Civil Veterinary Dept. Assam report 1911-1927 - 1911-1927
Year: 1911
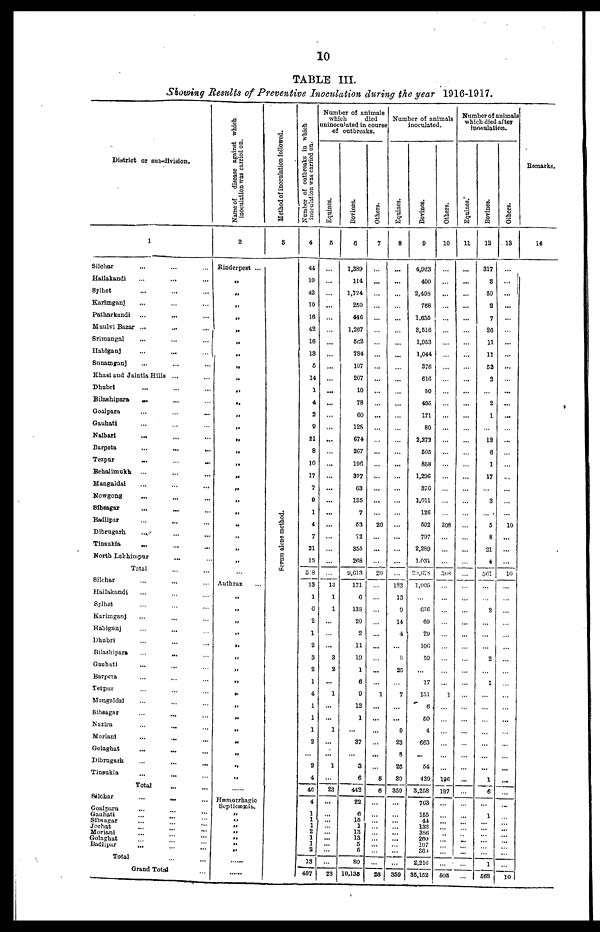
10
TABLE III.
Showing Results of Preventive Inoculation during the year 1916-1917.
District or sub-division.
1
Silchar ... ... ...
Hailakandi ... ... ...
Sylhet ... ... ...
Karimganj ... ... ...
Patharkandi ... ... ...
Maulvi Bazar ...
...
...
Srimangal ... ... ...
Habiganj ... ... ...
Sunamganj ... ... ...
Khasi and Jaintia Hills ... ...
Dhubri ... ... ...
Bilashipara ... ... ...
Goalpara ... ... ...
Gauhati ... ... ...
Kalbari ... ... ...
Barpeta
...
...
...
Tezpur ... ... ...
Behalimukh ... ... ...
Mangaldai ... ... ...
Nowgong ... ... ...
Sibsagar ... ... ...
Badlipar ... ... ...
Dibrugarh ... ... ...
Tinsukia ... ... ...
North Lakhimpur ... ... ...
Total
Silchar ... ... ...
Hailakandi ... ... ...
Sylhet ... ... ...
Karimganj ... ... ...
Habiganj ... ... ...
Dhubri ... ... ...
Bilashipara
...
...
...
Gauhati ... ... ...
Barpeta ... ... ...
Tezpur ... ... ...
Mangaldai ... ... ...
Sibsagar ... ... ...
Nazira ... ... ...
Moriani ... ... ...
Golaghat ... ... ...
Dibrugarh ... ... ...
Tinsukia ... ... ...
Total ... ...
Silchar ... ... ...
Goalpara ... ... ...
Gauhati ... ... ...
Sibsagar ... ... ...
Jorhat ... ... ...
Moriani ... ... ...
Golaghat ... ... ...
Badlipar
...
...
...
Total
Grand Total
Name of
disease against which
inoculation was carried on.
2
Rinderpest ...
„
„
„
„
„
„
„
„
„
„
,
„
„
„
„
„
„
„
„
„
„
„
„
„
...
Anthrax ...
„
„
„
„
„
„
„
„
„
„
„
„
„
„
„
„
......
Hæmorrhagic
Septicæmia.
„
„
„
„
„
„
„
......
......
Method of inoculation followed.
3
Se r
um alone method.
Number of outbreaks in which
inoculation was carried on.
4
44
10
42
10
16
42
16
13
6
14
1
4
2
9
21
8
10
17
7
9
1
4
7
21
15
318
13
1
6
2
1
2
3
2
1
4
1
1
1
1
2
...
2
4
46
4
1
1
1
2
1
1
2
13
407
Number of animals
which
died
uninoculated in course
of outbreaks.
Equines.
5
...
...
...
...
...
...
...
...
...
...
...
...
...
...
...
...
...
...
...
...
...
...
...
...
...
...
13
1
1
...
...
...
3
2
...
1
...
1
1
...
...
1
... 23
...
...
...
...
...
...
...
...
...
23
Bovines.
6
1,380
114
1,724
250
446
1,267
562
784
107
207
10
78
60
128
674
267
196
397
63
135
7
53
72
355
268
9,613
171
6
138
20
2
11
19
1
6
9
12
1
1
...
37
...
3
6
442
22
6
15
1
13
13
5
5
80
10.135
Others.
7
...
20
20
1
6
6
20
Number of animals
inoculated.
Eqnines.
8
...
183
13
9
14
4
8
25
7
9
23
8
26
80
350
359
Bovines.
9
4,923
400
2,498
768
1,635
3,516
1,953
1,044
376
616
50
405
171
80
2,272
505
858
1,296
376
1,011
126
592
797
2,289
1,031
29,678
1,005
636
69
29
106
59
17
131
6
50
60
4
663
54
429
3,258
763
155
44
132
3S6
260
107
36
2,210
35,152
Others.
10
308
308
1
196
197
...
505
Number of animal
which died after
inodulution.
Equines.
11
Bovines.
12
317
8
50
2
7
26
11
11
52
2
2
1
12
6
1
17
3
5
8
21
4
561
...
2
2
1
1
6
1
1
568
Others.
13
...
...
10
10
...
...
...
10
Remarks.
14